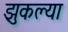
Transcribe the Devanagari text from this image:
झुकल्या